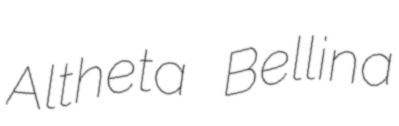
Altheta Bellina